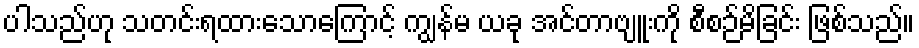
ပါသည်ဟု သတင်းရထားသောကြောင့် ကျွန်မ ယခု အင်တာဗျူးကို စီစဉ်မိခြင်း ဖြစ်သည်။